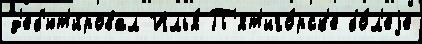
д'еб'ют'и́ровал Илья́ П'ят'иго́рск'е бо́л'еjе